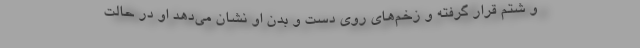
و شتم قرار گرفته و زخم‌های روی دست و بدن او نشان می‌دهد او در حالت